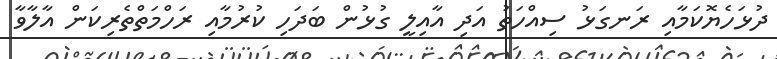
ދުޅަހެޔޮކަމާއި ރަނގަޅު ސިއްހަތު އަދި އާއިލީ ގުޅުން ބަދަހި ކުރުމާއި ރަހްމަތްތެރިކަން އާލާވާ